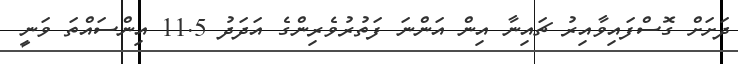
ދަށަށް ގޮސްފައިވާއިރު ޗައިނާ އިން އަންނަ ފަތުރުވެރިންގެ އަދަދު 11.5 އިންސައްތަ ވަނީ